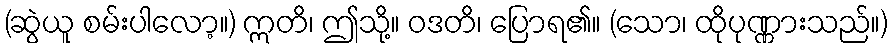
(ဆွဲယူ စမ်းပါလော့။) ဣတိ၊ ဤသို့။ ဝဒတိ၊ ပြောရ၏။ (သော၊ ထိုပုဏ္ဏားသည်။)